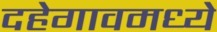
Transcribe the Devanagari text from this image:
दहेगावमध्ये